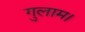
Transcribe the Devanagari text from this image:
गुलाम।